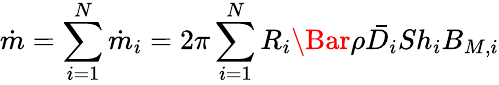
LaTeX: \dot{m}=\sum_{i=1}^{N}\dot{m}_{i}=2\pi\sum_{i=1}^{N}R_{i}\Bar{\rho}\bar{D_{i}}Sh_{i}B_{M,i}